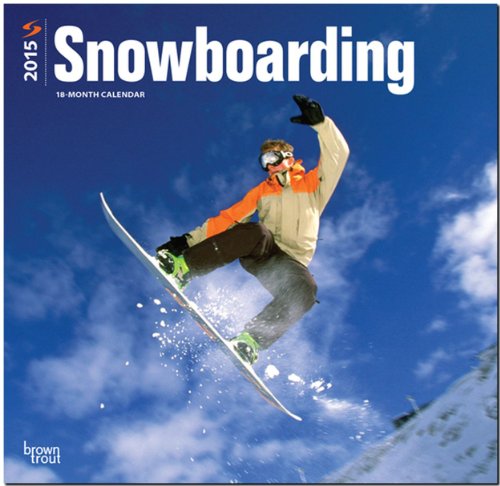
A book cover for Snowboarding 2015 Square 12x12; BrownTrout; Sports & Outdoors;